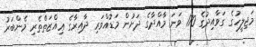
މަޖިލީހުގެ ގަވާއިދުގެ 170 ވަނަ މާއްދާގެ ދަށުން މަޑުއްވަރި ދާއިރާގެ ޢިއްޒަތްތެރި މެންބަރު